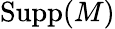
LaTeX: \operatorname{Supp}(M)